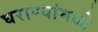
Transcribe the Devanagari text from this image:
घराण्यांमध्ये